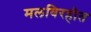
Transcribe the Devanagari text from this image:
मलविरहीत